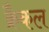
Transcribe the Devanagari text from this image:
क्रैकल